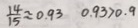
\frac { 1 4 } { 1 5 } \approx 0 . 9 3 0 . 9 3 > 0 . 9